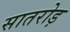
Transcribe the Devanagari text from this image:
सातरोड़